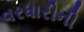
વરધારીની